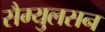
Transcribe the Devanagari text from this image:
सैम्युलसन